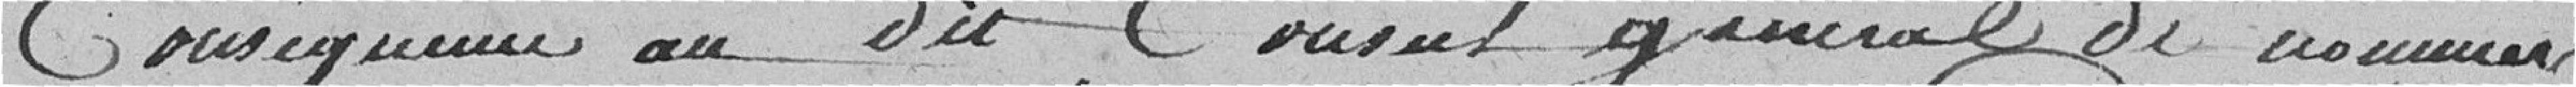
Conséquence au dit, Conseil général de nommer